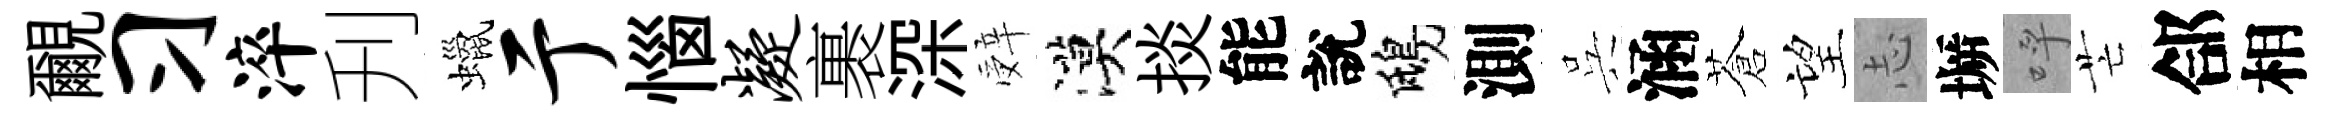
覼习淬刋蠟亍惱凝裹深辤漠掞能說鴟測呉涵蒼望𢖽󶱲呼芒郃相